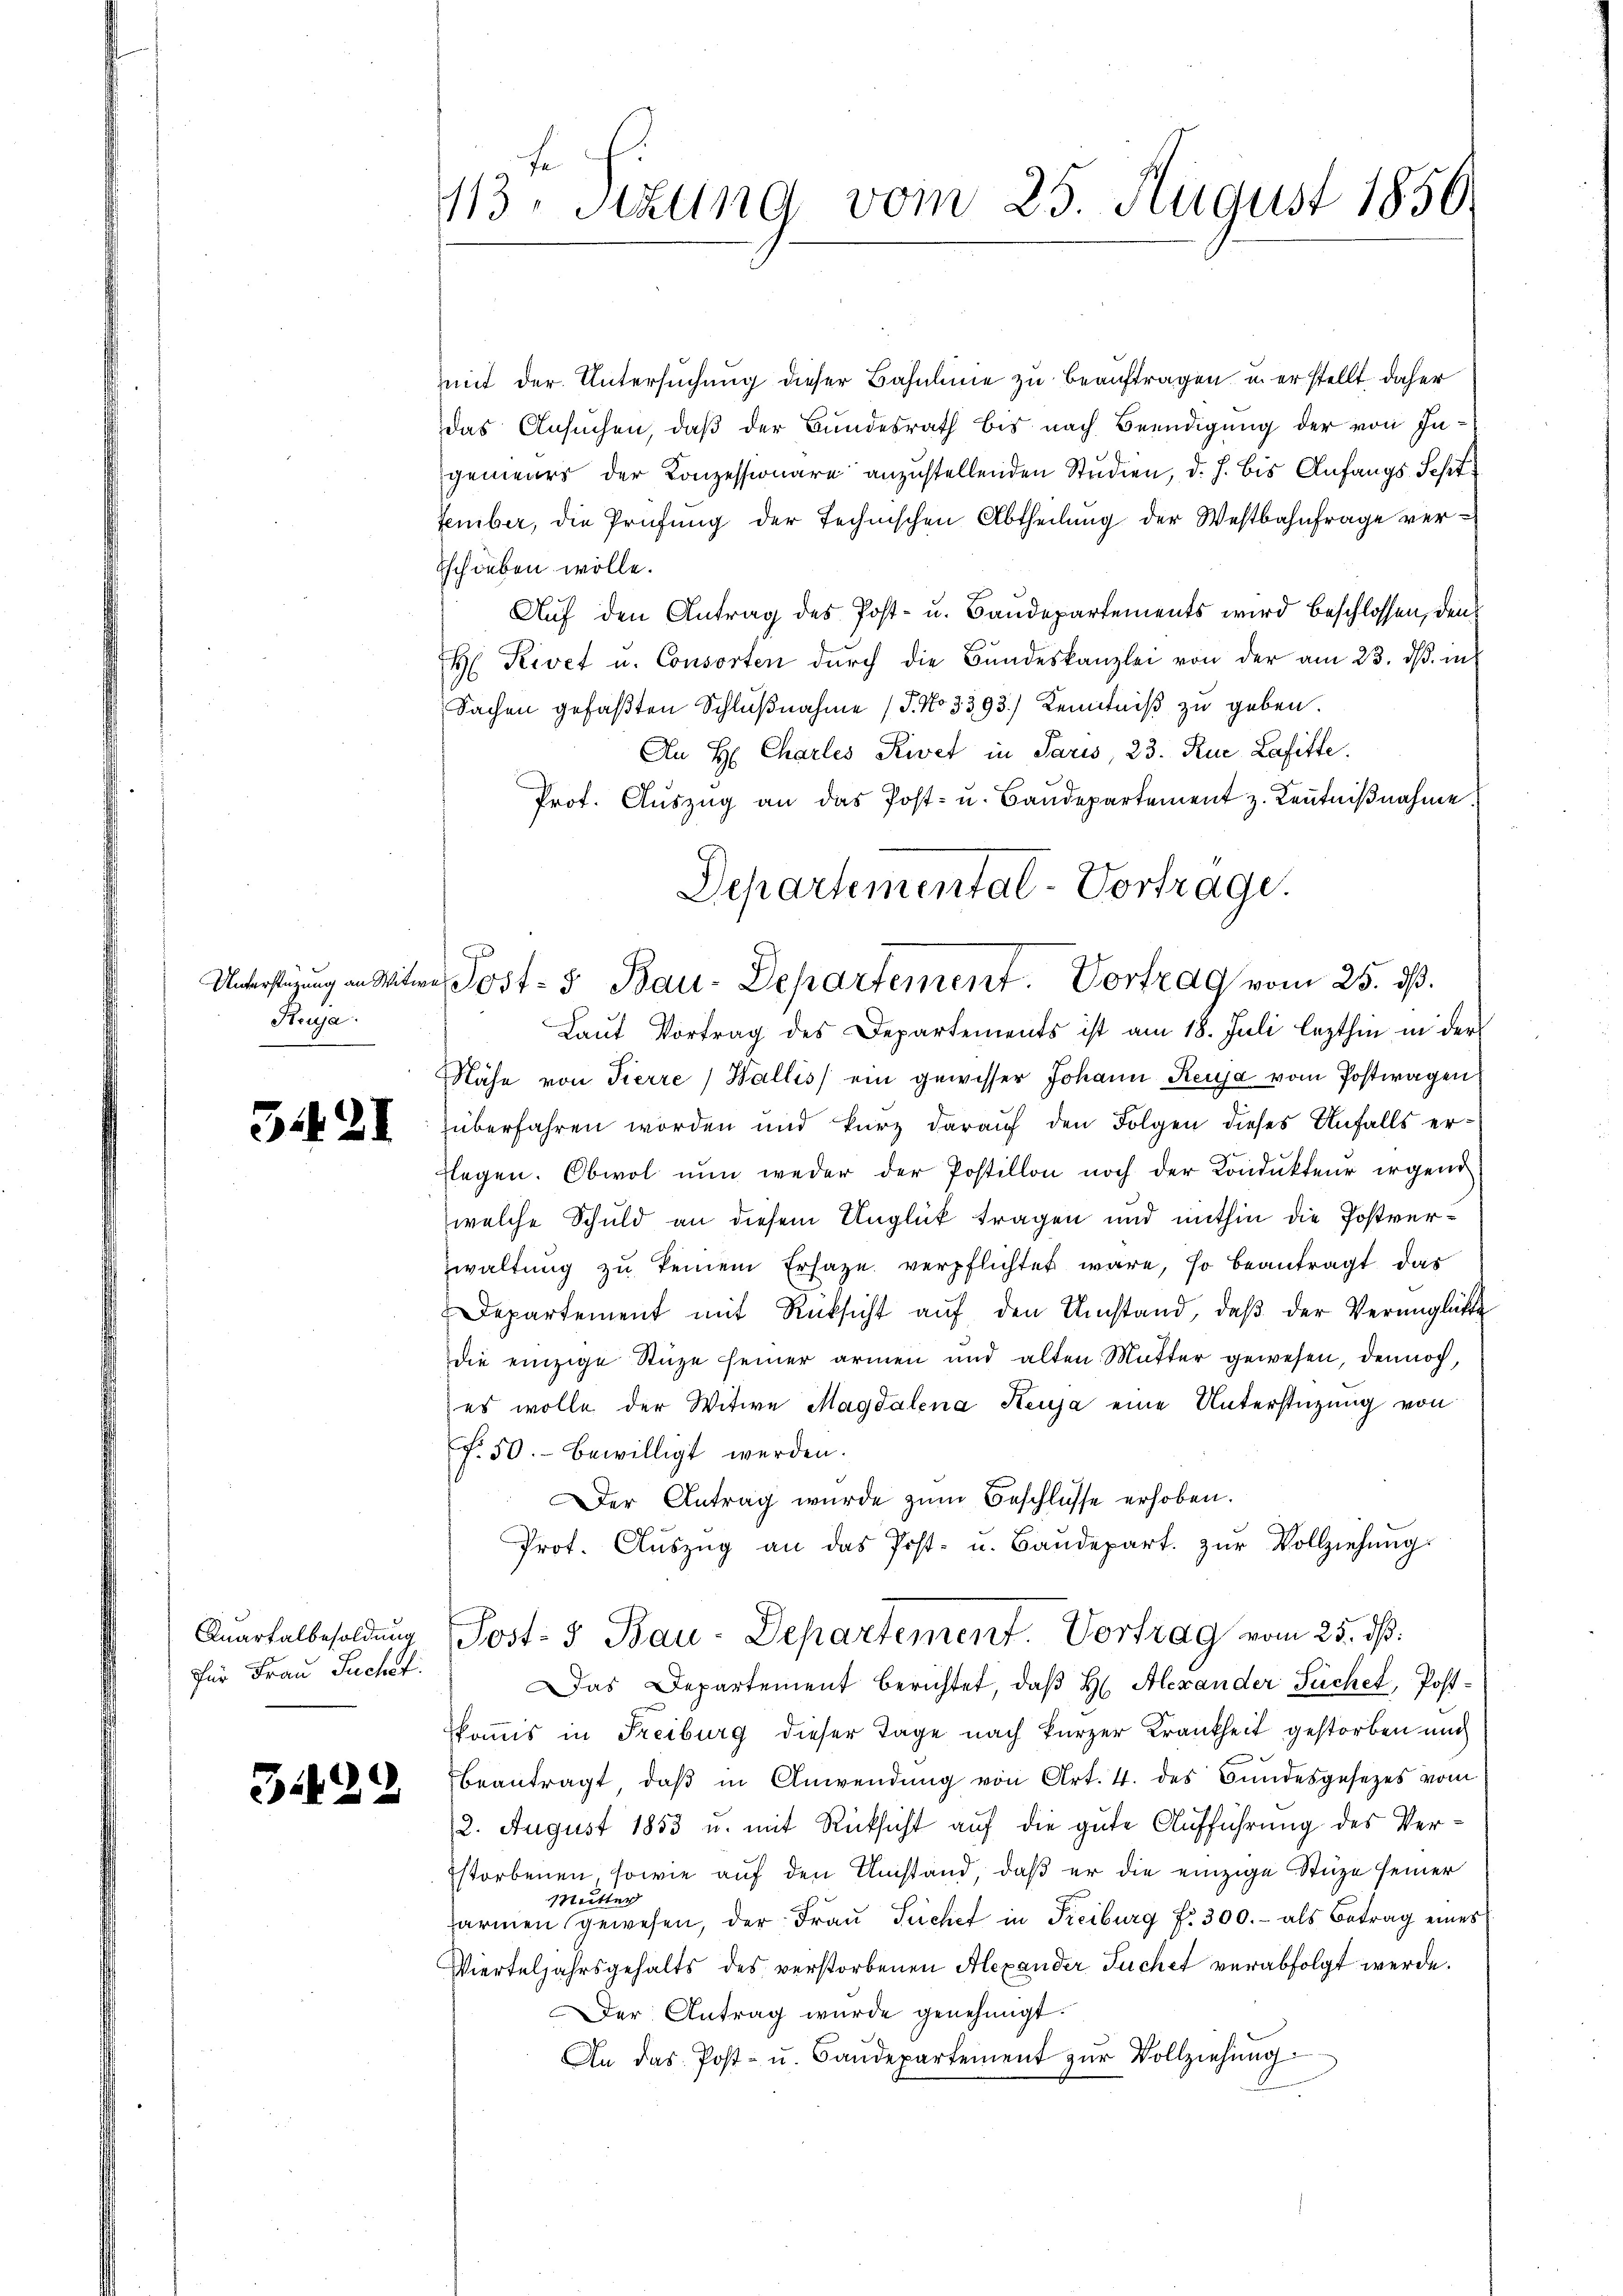
Unterstüzung an Witw
Huga.

3421

Quartalbesoldung
für Frau Suchef

3129

e
113. Sitzung vom 25. August 1850.

mit der Untersuchung dieser Bahnlinie zu beauftragen u. er stellt, daher
das Ansuchen, daß der Bundesrath bis nach Beendigung der von Ingenieurs der Konzessionare anzustellenden Studien, d. h. bis Anfangs Sept
tember, die Prüfung der technischen Abtheilung der Westbahnfrage verschieben wolle.
Aŭf den Antrag des Post- u. Baŭdepartements wird beschlossen, den
H Kivet u. Consorten durch die Bundeskanzlei von der am 23. ds. in
Sachen gefaßten Schlußnahme (T. No 3393.) Kenntniß zu geben.
An H: Chartes Kivet in Paris, 23. Kur Lafitte.
Prot. Auszug an das Post- u. Baudepartement z. Kenntnißnahme.
Laut Vortrag des Departements ist am 18. Juli lezthin in der
Nähe von Tierre Wallis ein gewisser Johann Kessa vom Postwagen
überfahren worden und kurz darauf den Folgen dieses Anfalls erflegen. Obwol nun weder der Postillon noch der Kondukteur irgend
welche Schuld an diesem Unglück tragen und mithin die Postverwaltung zu keinem Ersaze verpflichtet wäre, so beantragt, das
Departement mit Rücksicht aŭf den Umstand, daβ der Verŭnglätte
die einzige Stuze seiner armen und alten Mutter gewesen, dennoch,
es wolle der Witwe Magdalena Keuja eine Unterstützung von
f. 50. bewilligt werden.
Der Antrag wurde zŭm Beschlüsse erhoben.
Prot. Aŭszŭg an das Post- u. Bandepart. zŭr Vollziehung
Post- u Bau-Departement. Vortrag vom 25. dß.
Das Departement berichtet, daß H. Alexander Tüchel, Postkommis in Freiburg dieser Tage nach kurzer Krankheit gestorben und
beantragt, daβ in Anwendung von Art. 4. des Bundesgesezes vom
12. August 1853 u. mit Rücksicht auf die gute Aufführung des Verstorbenen sowie auf den Umstand, daß er die einzige Stuze seiner
Mutter
armen gewesen, der Frau Puchet in Freiburg f. 300.- als Betrag eines
Wierteljahrsgehalts des verstorbenen Alexander Tuchet verabfolgt werde.
Der Antrag wurde genehmigt.
An das Post- u. Baŭdepartement zŭr Vollziehŭng

Departemental-Vortrage.
 Post- & Bau-Departement. Vortrag vom 25. dß.